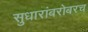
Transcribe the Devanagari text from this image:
सुधारांबरोबरच